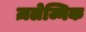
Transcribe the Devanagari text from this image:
ज़लेज्निक